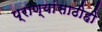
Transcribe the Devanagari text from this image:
प्राण्यांसाठीही